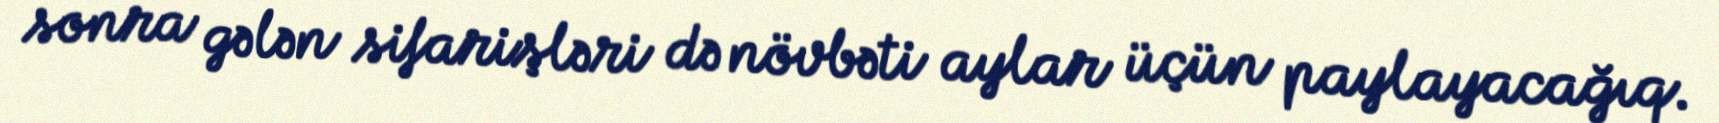
sonra gələn sifarişləri də növbəti aylar üçün paylayacağıq.